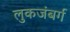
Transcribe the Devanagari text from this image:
लुकजंबर्ग